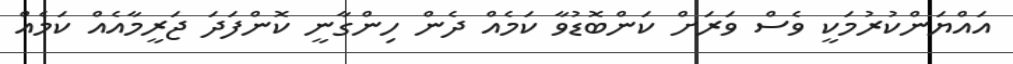
އައްޔަންކުރުމަކީ ވެސް ވަރަށް ކަންބޮޑުވާ ކަމެއް ދެން ހިންގާނީ ކޮންފަދަ ޖަރީމާއެއް ކަމެއް